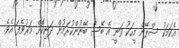
އެކަމަކު ސްޕޭން މީހަކު ވަނީ އެ ބޭސް ބޭނުންކުރަމުން ދަނިކޮށް މަރުވެފަ އެވެ.